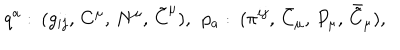
q ^ { a } : \: ( g _ { i j } , \, C ^ { \mu } , \, N ^ { \mu } , \, \tilde { C } ^ { \mu } ) , \: \: p _ { a } : \: ( \pi ^ { i j } , \, \bar { C } _ { \mu } , \, P _ { \mu } , \, \bar { \tilde { C } } _ { \mu } ) ,